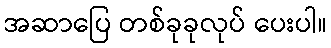
အဆာပြေ တစ်ခုခုလုပ် ပေးပါ။